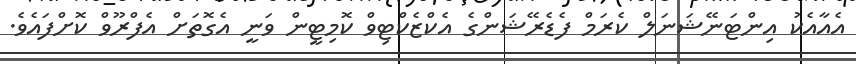
އެއާއެކު އިންޓަނޭޝަނަލް ކެރަމް ފެޑެރޭޝަންގެ އެކްޒެކްޓިވް ކޮމިޓީން ވަނީ އެގޮތަށް އެފްރޫވް ކޮށްފައެވެ.